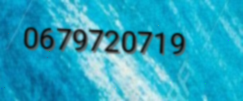
0679720719